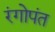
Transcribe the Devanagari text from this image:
रंगोपंत